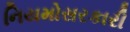
નિયમોસરકારી